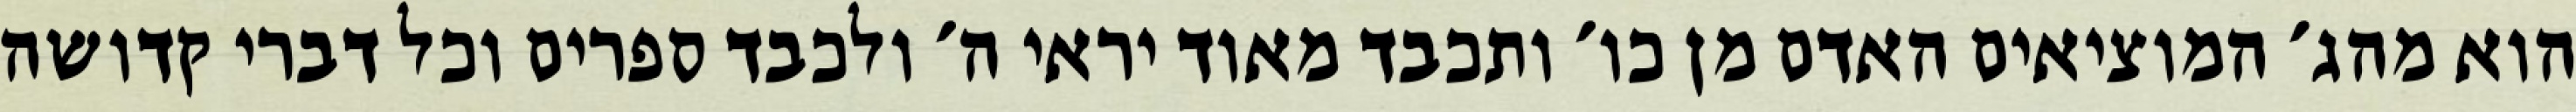
הוא מהג׳ המוציאים האדם מן כו׳ ותכבד מאוד יראי ה׳ ולכבד ספרים וכל דברי קדושה